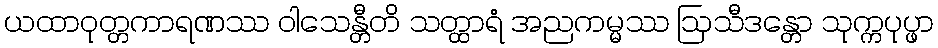
ယထာဝုတ္တကာရဏဿ ဝါသေန္တီတိ သတ္ထာရံ အညကမ္မဿ ဩသီဒန္တော သုက္ကပုပ္ဖာ